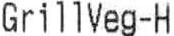
GRILLVEG-H